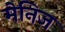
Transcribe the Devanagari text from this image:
मेनिज